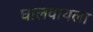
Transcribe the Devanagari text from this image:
घालवायला